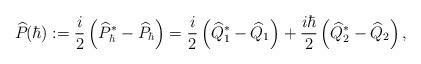
LaTeX: \begin{align*}\widehat{P}_{}(\hbar):=\frac{i}{2}\left(\widehat{P}_{\hbar}^*-\widehat{P}_{\hbar}\right)=\frac{i}{2}\left(\widehat{Q}_1^*-\widehat{Q}_1\right)+\frac{i\hbar}{2}\left(\widehat{Q}_2^*-\widehat{Q}_2\right),\end{align*}